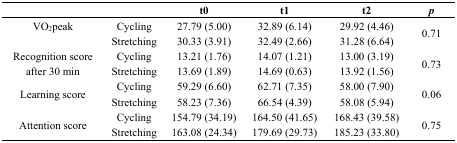
|  |  | t0 | t1 | t2 | p |
 | --- | --- | --- | --- | --- | --- |
 | VO2peak | Cycling | 27.79 (5.00) | 32.89 (6.14) | 29.92 (4.46) | <ROWSPAN=2> 0.71 |
 |  | Stretching | 30.33 (3.91) | 32.49 (2.66) | 31.28 (6.64) |
 | <ROWSPAN=2> Recognition score after 30 min | Cycling | 13.21 (1.76) | 14.07 (1.21) | 13.00 (3.19) | <ROWSPAN=2> 0.73 |
 | Stretching | 13.69 (1.89) | 14.69 (0.63) | 13.92 (1.56) |
 | <ROWSPAN=2> Learning score | Cycling | 59.29 (6.60) | 62.71 (7.35) | 58.00 (7.90) | <ROWSPAN=2> 0.06 |
 | Stretching | 58.23 (7.36) | 66.54 (4.39) | 58.08 (5.94) |
 | <ROWSPAN=2> Attention score | Cycling | 154.79 (34.19) | 164.50 (41.65) | 168.43 (39.58) | <ROWSPAN=2> 0.75 |
 | Stretching | 163.08 (24.34) | 179.69 (29.73) | 185.23 (33.80) |